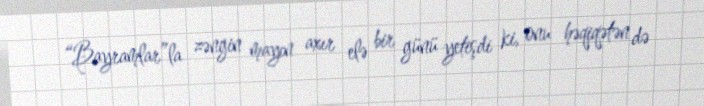
“Bayramlar”la zəngin mayın axır elə bir günü yetişdi ki, onu həqiqətən də